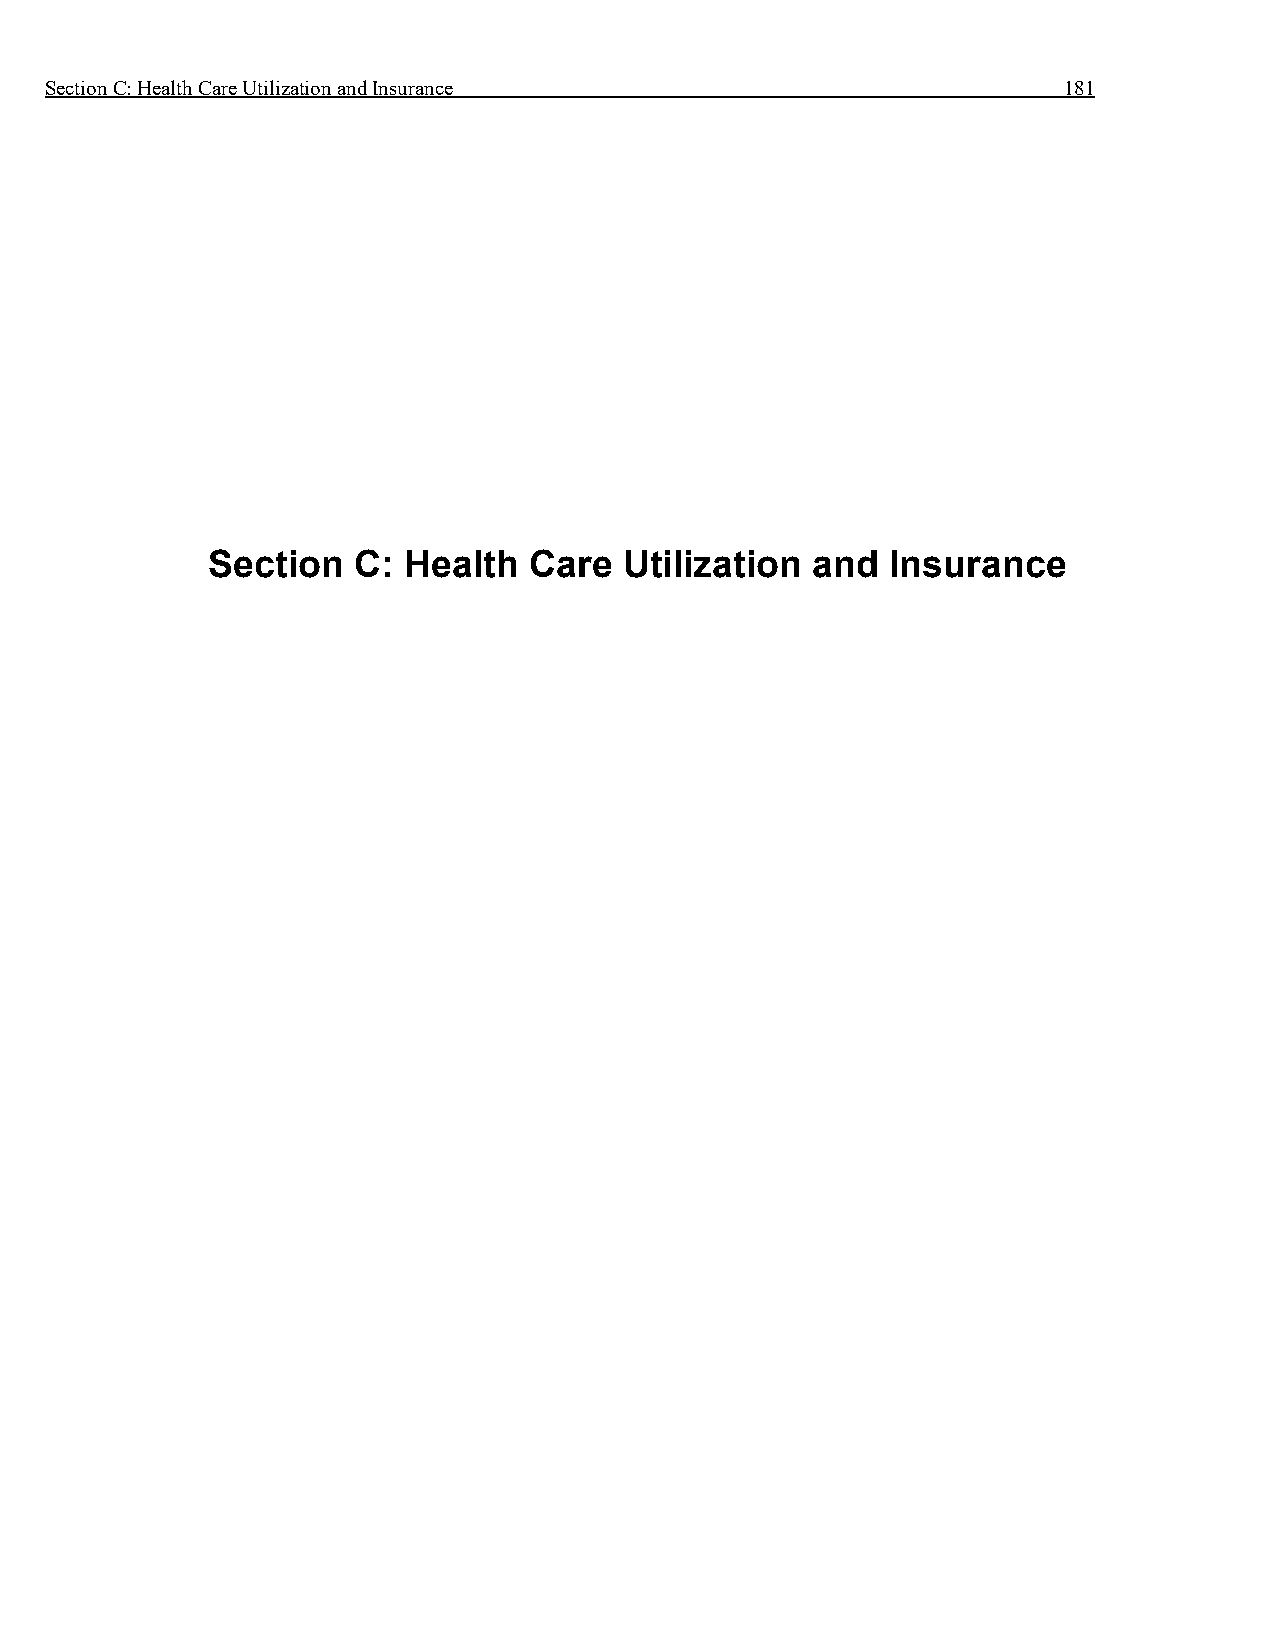
Section C: Health Care Utilization and Insurance                   181
 Section  C:  Health  Care  Utilization  and  Insurance